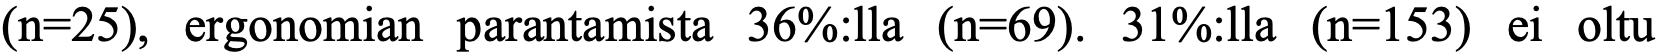
(n=25), ergonomian parantamista 36%:lla (n=69). 31%:lla (n=153) ei oltu